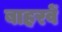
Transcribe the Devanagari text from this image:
बाहरवें